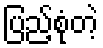
ပြည့်စုံတဲ့